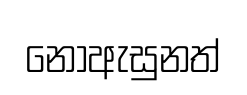
නොඇසුනත්